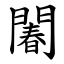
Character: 䦮